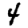
Digit: 4